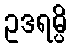
ဥဒရမ္ပိ